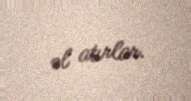
əl atırlar.